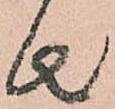
者